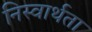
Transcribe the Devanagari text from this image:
निस्वार्थता